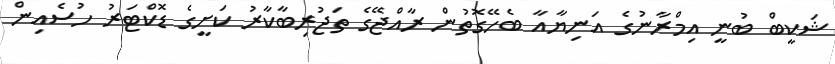
ޝަކީބް ބުނީ އިމްރާނުގެ އަނިޔާއާ ބެހޭގޮތުން ރާއްޖޭގެ ތަޖުރިބާކާރު ކަށީގެ ޑޮކްޓަރު ހުސެއިން